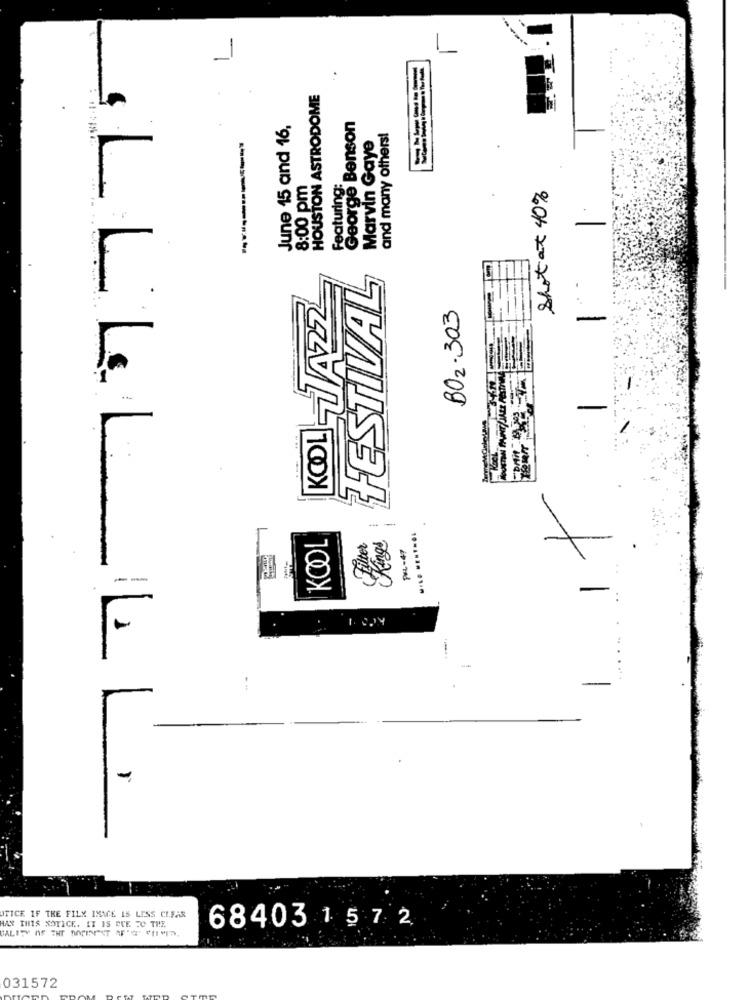
------
.
HOUSTON ASTRODOME
7-7777
June 15 and 16,
George Benson
and many others!
----------
Marvin Gaye
8:00 pm
Featuring:
Shot at 40%
-
FESTIVAL
KOOL-JAZZ
BO2.303
It
KOOL
.... .......
tet
Kings
PEL -47
-
JTICE IF THE FILX IMAGE IS LESS CIFAR
AAN THIS NOTICE. IT IS DUE TO THE
68403157 2
031572